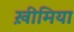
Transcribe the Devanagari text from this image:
ख़ीमिया